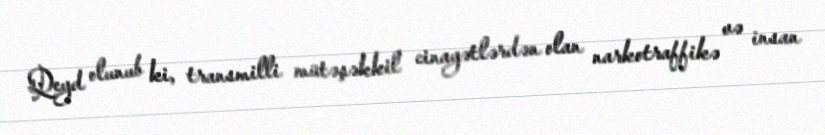
Qeyd olunub ki, transmilli mütəşəkkil cinayətlərdən olan narkotraffikə və insan